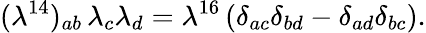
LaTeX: {(\lambda^{14})_{ab}\, \lambda_{c}\lambda_{d}=\lambda^{16}\, (\delta_{ac}\delta_{bd}-\delta_{ad}\delta_{bc}).}